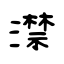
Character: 澿